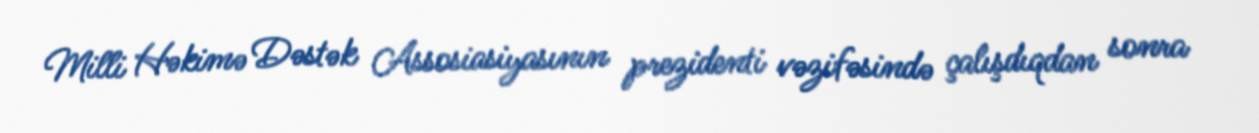
Milli Həkimə Dəstək Assosiasiyasının prezidenti vəzifəsində çalışdıqdan sonra